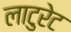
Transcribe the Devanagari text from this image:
लाटुरेट